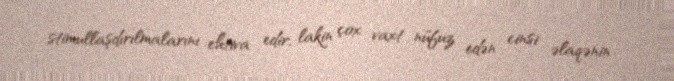
stimullaşdırılmalarını ehtiva edir, lakin çox vaxt nüfuz edən cinsi əlaqənin